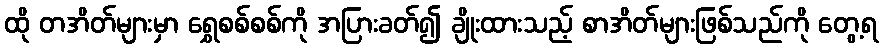
ထို တအိတ်များမှာ ရွှေစစ်စစ်ကို အပြားခတ်၍ ချိုးထားသည့် စာအိတ်များဖြစ်သည်ကို တွေ့ရ